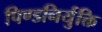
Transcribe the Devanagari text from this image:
पिण्डनिर्युक्ति